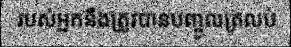
របស់អ្នកនឹងត្រូវបានបញ្ចូលត្រលប់